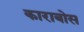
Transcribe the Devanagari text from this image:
काराबोस